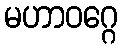
မဟာဝဂ္ဂေ